Vaccination in the Punjab 1897-1904 - 1897-1904
Year: 1897
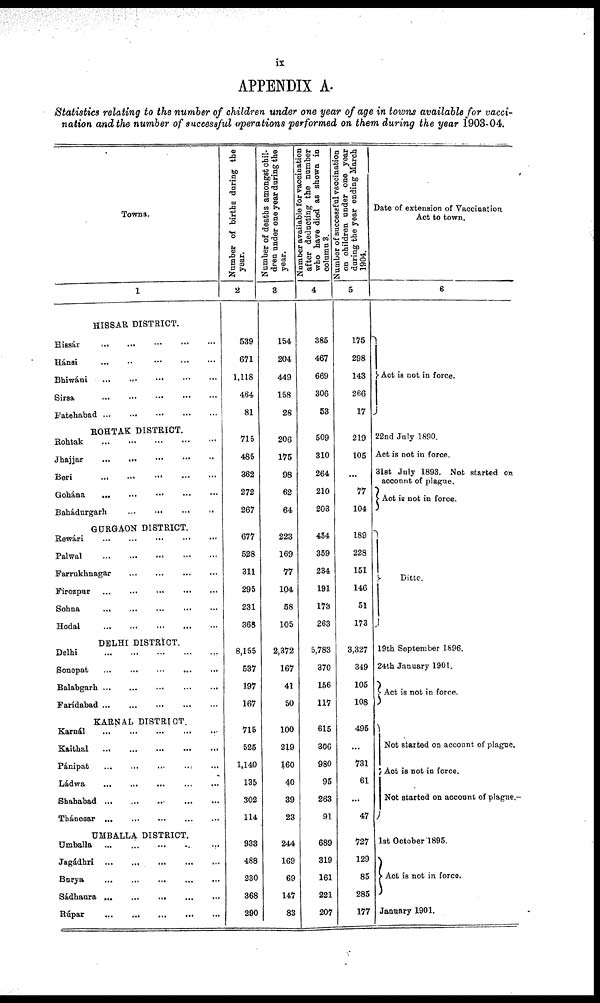
ix
APPENDIX A.
Statistics relating to the number of children under one year of age in towns available for vacci-
nation and the number of successful operations performed on them during the year 1903-04.
Towns
1
HISSAR DISTRICT.
Hissár
...
...
...
...
...
Hánsi
... ... ... ... ...
Bhiwáni ... ... ... ... ...
Sirsa
...
...
...
...
...
Fatehabad
...
...
...
...
...
ROHTAK DISTRICT.
Rohtak
...
...
...
...
...
Jhajjar
...
...
...
...
...
Beri
...
...
... ... ...
Gohána
... ... ... ... ...
Bahádurgarh
...
...
...
...
GURGAON DISTRICT.
Rewári
...
...
... ... ...
Palwal ... ... ... ... ...
Farrukhnagar
...
...
...
...
Fírozpur
...
...
...
...
...
Sohna
... ... ... ... ...
Hodal
...
...
...
...
...
DELHI DISTRICT.
Delhi
...
...
...
...
...
Sonepat
...
...
...
...
...
Balabgarh
Farídabad
...
...
...
...
...
KARNAL DISTRICT.
Karnál
...
...
...
...
...
Kaithal
...
...
...
...
...
Pánipat
...
...
...
...
...
Ládwa
...
...
...
...
...
Shahabad
...
...
...
...
...
Thánesar ... ... ... ... ...
UMBALLA DISTRICT.
Umballa
...
...
...
...
...
Jagádhri ... ... ... ... ...
Burya
...
...
...
...
...
Sádhaura
...
...
...
...
...
Rúpar
...
...
...
...
...
Number of births daring the
year.
2
539
671
1,118
464
81
715
485
362
272
267
677
528
311
295
231
368
8,155
537
197
167
715
525
1,140
135
302
114
933
488
230
368
290
Number of deaths amongst chil-
dren under one year during the
year.
3
154
204
449
158
28
206
175
98
62
64
223
169
77
104
58
105
2,372
167
41
50
100
219
160
40
39
23
244
169
69
147
83
Number available for vaccination
after deducting the number
who have died as shown in
column 3.
4
385
467
669
306
53
509
310
264
210
203
454
359
234
191
173
263
5,783
370
156
117
615
306
980
95
263
91
689
319
161
221
207
Number of successful vaccination
on children under one year
during the year ending March
1904.
5
175
298
143
266
17
219
105
...
77
104
189
228
151
146
51
173
3,327
349
105
108
495
...
731
61
...
47
727
129
85
285
177
Date of extension of Vaccination
Act to town.
6
Act is not in force.
22nd July 1890.
Act is not in force.
31st July 1893. Not started on
account of plague.
Act is not in force.
Ditto.
19th September 1896.
24th January 1901.
Act is not in force.
Not started on account of plague.
Act is not in force.
Not started on account of plague.
1st October 1895.
Act is not in force.
January 1901.